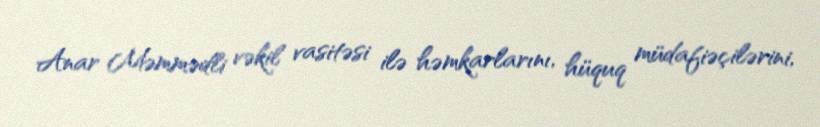
Anar Məmmədli vəkil vasitəsi ilə həmkarlarını, hüquq müdafiəçilərini,